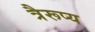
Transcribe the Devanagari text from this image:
त्रैरूप्य